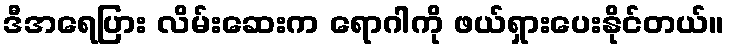
ဒီအရေပြား လိမ်းဆေးက ရောဂါကို ဖယ်ရှားပေးနိုင်တယ်။